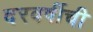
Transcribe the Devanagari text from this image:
दरवर्षीची